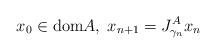
LaTeX: \begin{align*}x_0\in\mathrm{dom} A,\; x_{n+1}=J^A_{\gamma_n}x_n\end{align*}